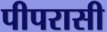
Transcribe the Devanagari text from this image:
पीपरासी